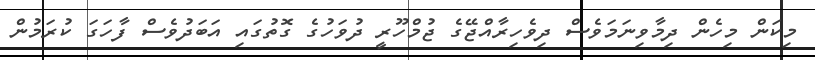
މިކަން މިހެން ދިމާވިނަމަވެސް ދިވެހިރާއްޖޭގެ ޖުމްހޫރީ ދުވަހުގެ ގޮތުގައި އަބަދުވެސް ފާހަގަ ކުރަމުން